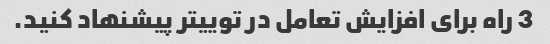
3 راه برای افزایش تعامل در توییتر پیشنهاد کنید.